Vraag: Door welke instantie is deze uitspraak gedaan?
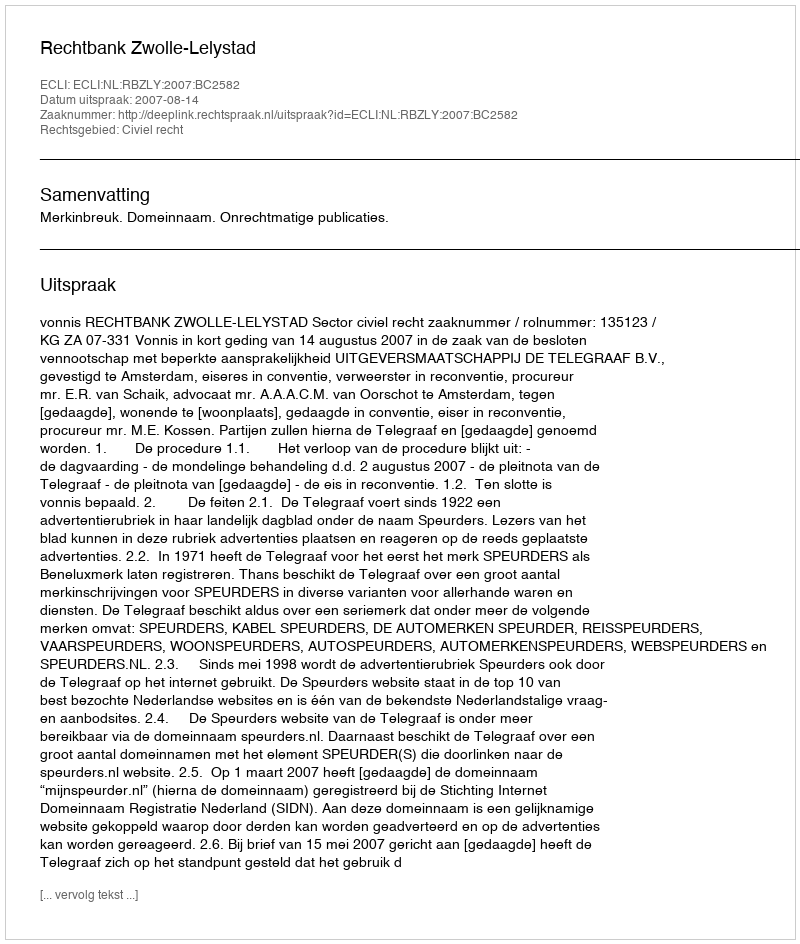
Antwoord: Rechtbank Zwolle-Lelystad